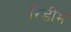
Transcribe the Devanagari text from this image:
रिडीम